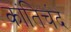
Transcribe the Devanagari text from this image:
कांतिचंद